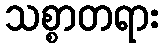
သစ္စာတရား